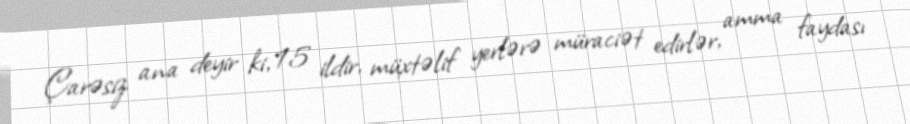
Çarəsiz ana deyir ki, 15 ildir, müxtəlif yerlərə müraciət edirlər, amma faydası